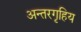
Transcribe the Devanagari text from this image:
अन्तरगृहिय